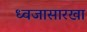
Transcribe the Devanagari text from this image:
ध्वजासारखा